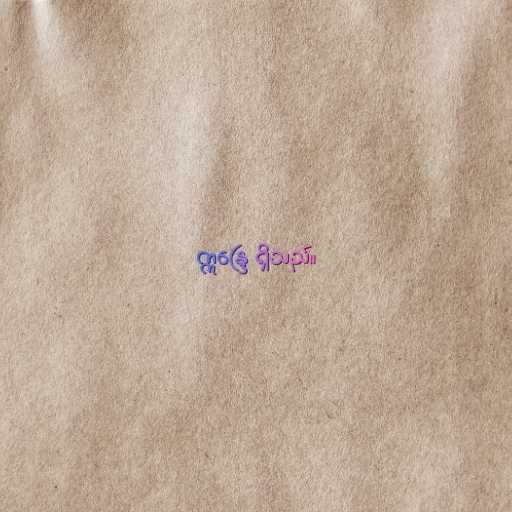
ဣန္ဒြေ ရှိသည်။